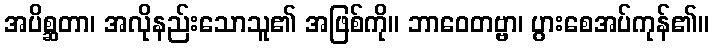
အပိစ္ဆတာ၊ အလိုနည်းသောသူ၏ အဖြစ်ကို။ ဘာဝေတဗ္ဗာ၊ ပွားစေအပ်ကုန်၏။